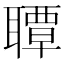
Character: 𦗡